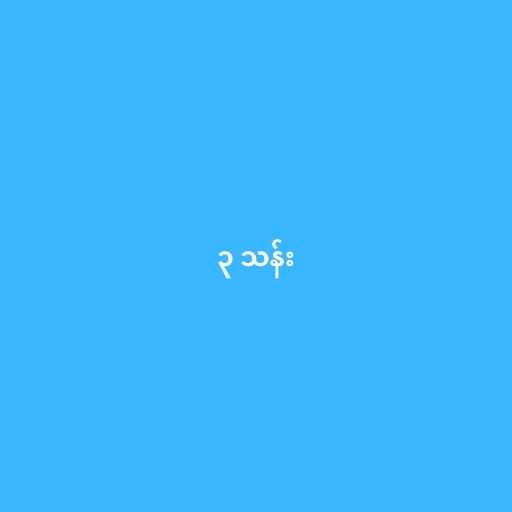
၃ သန်း